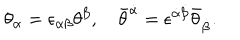
LaTeX: \theta _ { \alpha } = \epsilon _ { \alpha \beta } \theta ^ { \beta } , \quad \bar { \theta } ^ { \dot { \alpha } } = \epsilon ^ { \dot { \alpha } \dot { \beta } } \bar { \theta } _ { \dot { \beta } } .